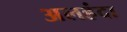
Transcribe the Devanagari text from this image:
अलहंदा